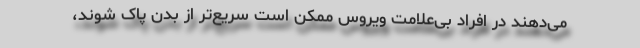
می‌دهند در افراد بی‌علامت ویروس ممکن است سریع‌تر از بدن پاک شوند،